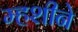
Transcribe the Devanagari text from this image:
म्हशीने